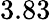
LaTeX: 3.83